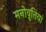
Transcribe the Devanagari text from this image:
मनोवृत्तियां